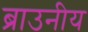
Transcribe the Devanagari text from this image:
ब्राउनीय